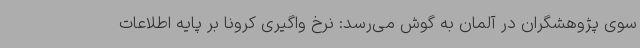
سوی پژوهشگران در آلمان به گوش می‌رسد: نرخ واگیری کرونا بر پایه اطلاعات